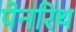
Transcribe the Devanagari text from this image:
पेनरिथ